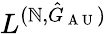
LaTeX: L^{(\mathbb{N},\hat{{G}}_{\mathrm{{~A~U~}}})}